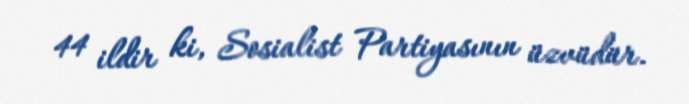
44 ildir ki, Sosialist Partiyasının üzvüdür.